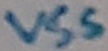
Text: vss